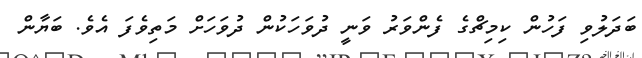
ބަދަލުވި ފަހުން ކިމިޗްގެ ފެންވަރު ވަނީ ދުވަހަކުން ދުވަހަށް މަތިވެފަ އެވެ. ބަޔާން